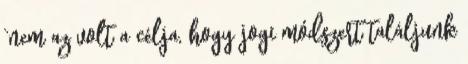
“nem az volt a célja, hogy jogi módszert találjunk